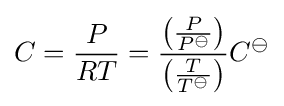
C={\frac {P}{RT}}={\frac {\left({\frac {P}{P^{\ominus }}}\right)}{\left({\frac {T}{T^{\ominus }}}\right)}}C^{\ominus }